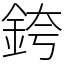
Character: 銙